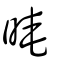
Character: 晻